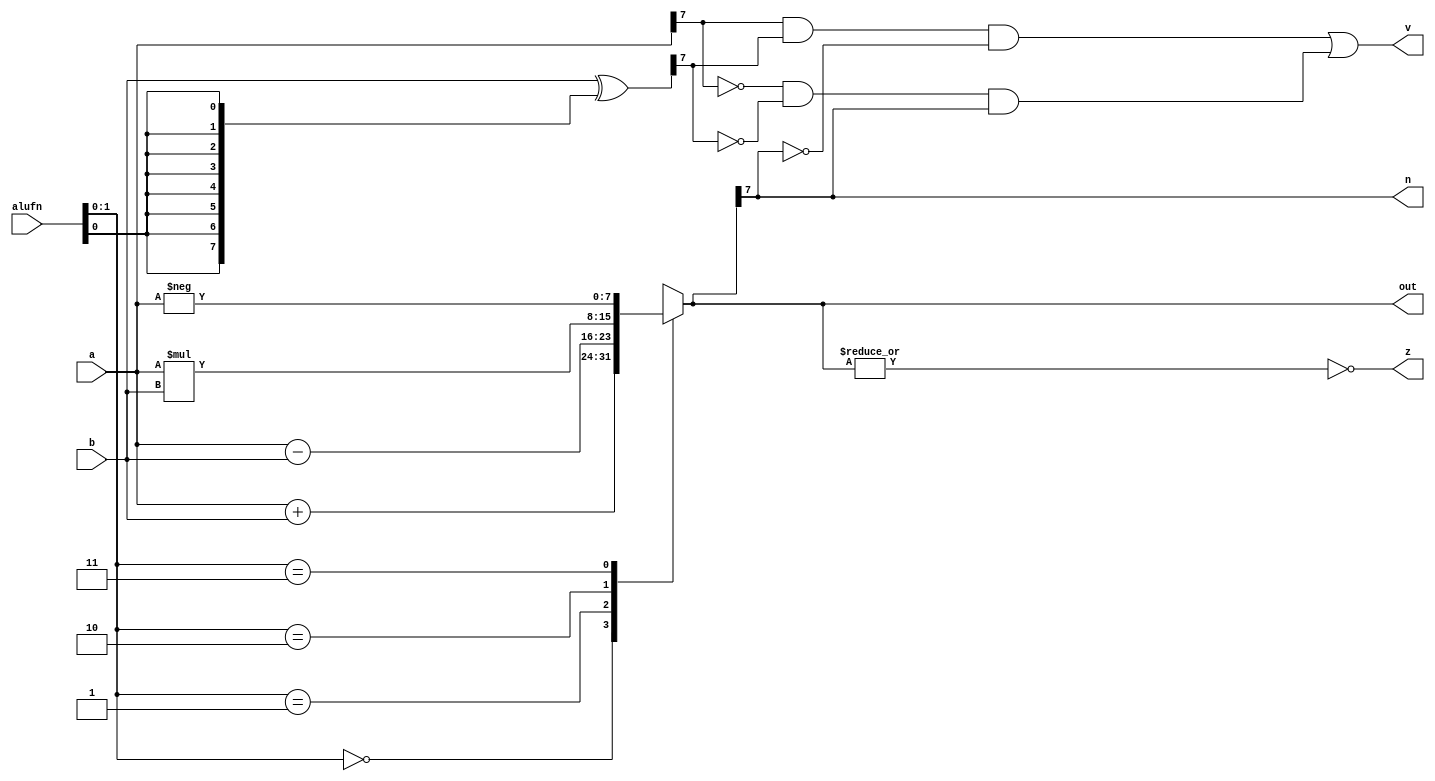
/*
   This file was generated automatically by the Mojo IDE version B1.3.6.
   Do not edit this file directly. Instead edit the original Lucid source.
   This is a temporary file and any changes made to it will be destroyed.
*/

module add_7 (
    input [2:0] alufn,
    input [7:0] a,
    input [7:0] b,
    output reg [7:0] out,
    output reg z,
    output reg n,
    output reg v
  );
  
  
  
  reg [7:0] result;
  
  reg [7:0] xb;
  
  always @* begin
    xb = b ^ {4'h8{alufn[0+0-:1]}};
    
    case (alufn[0+1-:2])
      3'h0: begin
        result = a + b;
      end
      3'h1: begin
        result = a - b;
      end
      3'h2: begin
        result = a * b;
      end
      3'h3: begin
        result = -a;
      end
      3'h4: begin
        if (a[7+0-:1] == 1'h1) begin
          result = -a;
        end else begin
          result = a;
        end
      end
      default: begin
        result = a - b;
      end
    endcase
    v = (a[7+0-:1] & xb[7+0-:1] & ~result[7+0-:1]) | (~a[7+0-:1] & ~xb[7+0-:1] & result[7+0-:1]);
    n = result[7+0-:1];
    z = (~|result);
    out = result;
  end
endmodule